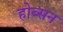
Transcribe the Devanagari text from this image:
होब्सन